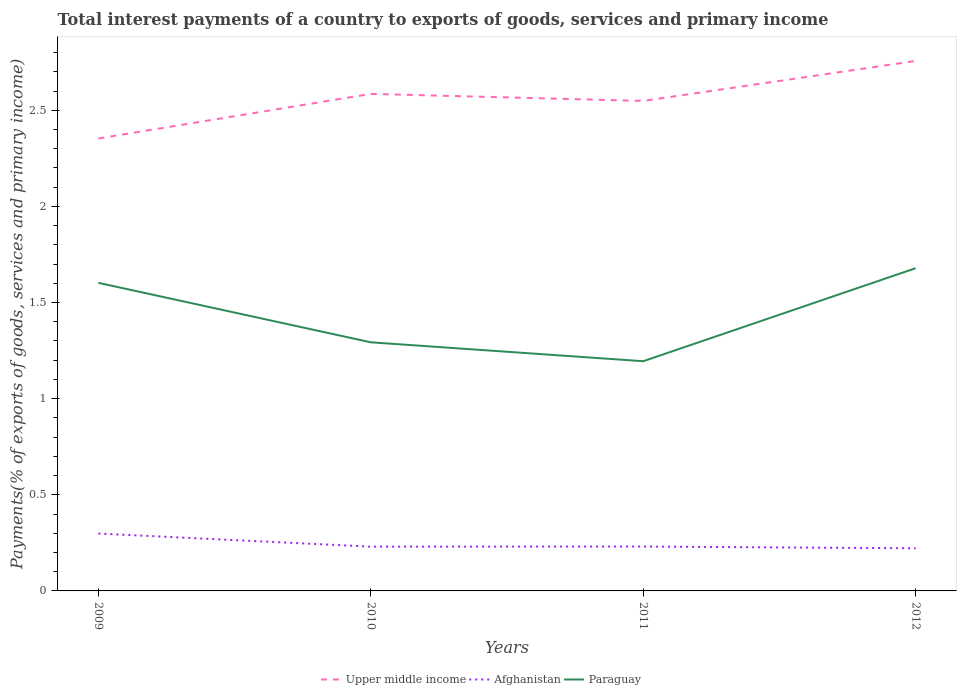
| Years | Upper middle income | Afghanistan | Paraguay |
 | --- | --- | --- | --- |
 | 2009 | 2.35 | 0.298 | 1.6 |
 | 2010 | 2.59 | 0.23 | 1.29 |
 | 2011 | 2.55 | 0.231 | 1.19 |
 | 2012 | 2.76 | 0.222 | 1.68 |